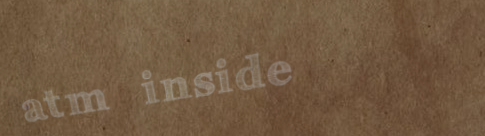
atm inside